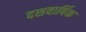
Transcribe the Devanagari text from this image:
दशवार्षिक